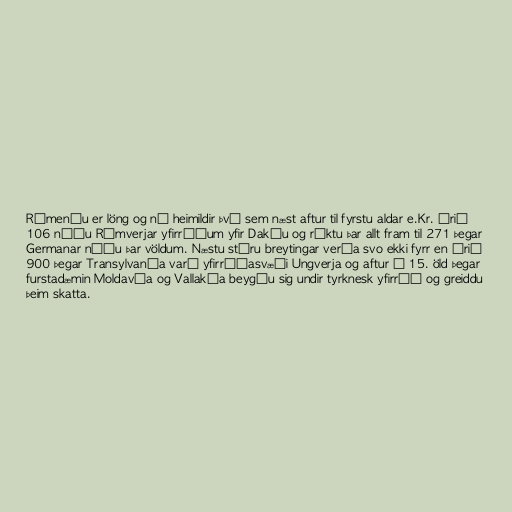
Rúmeníu er löng og ná heimildir því sem næst aftur til fyrstu aldar e.Kr. Árið
106 náðu Rómverjar yfirráðum yfir Dakíu og ríktu þar allt fram til 271 þegar
Germanar náðu þar völdum. Næstu stóru breytingar verða svo ekki fyrr en árið
900 þegar Transylvanía varð yfirráðasvæði Ungverja og aftur á 15. öld þegar
furstadæmin Moldavía og Vallakía beygðu sig undir tyrknesk yfirráð og greiddu
þeim skatta.